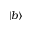
\vert b \rangle